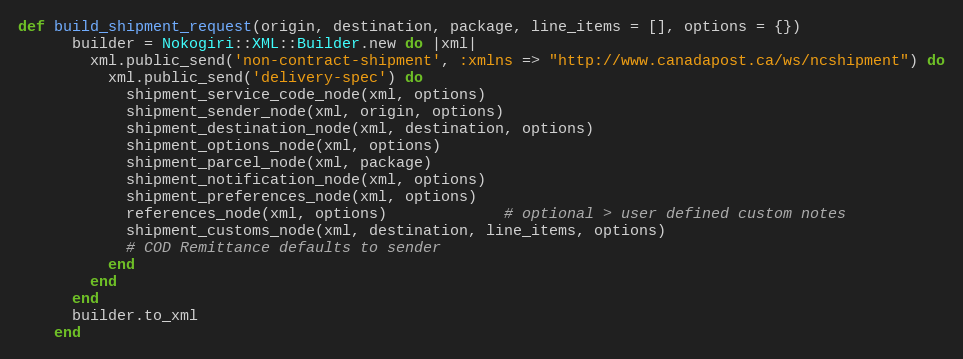
Language: Ruby
def build_shipment_request(origin, destination, package, line_items = [], options = {})
      builder = Nokogiri::XML::Builder.new do |xml|
        xml.public_send('non-contract-shipment', :xmlns => "http://www.canadapost.ca/ws/ncshipment") do
          xml.public_send('delivery-spec') do
            shipment_service_code_node(xml, options)
            shipment_sender_node(xml, origin, options)
            shipment_destination_node(xml, destination, options)
            shipment_options_node(xml, options)
            shipment_parcel_node(xml, package)
            shipment_notification_node(xml, options)
            shipment_preferences_node(xml, options)
            references_node(xml, options)             # optional > user defined custom notes
            shipment_customs_node(xml, destination, line_items, options)
            # COD Remittance defaults to sender
          end
        end
      end
      builder.to_xml
    end